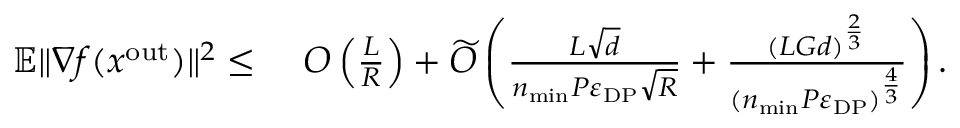
\begin{array} { r l } { \mathbb { E } \| \nabla f ( x ^ { \mathrm { o u t } } ) \| ^ { 2 } \leq } & { \ O \left( \frac { L } { R } \right) + \widetilde O \left( \frac { L \sqrt { d } } { n _ { \mathrm { m i n } } P \varepsilon _ { \mathrm { D P } } \sqrt { R } } + \frac { ( L G d ) ^ { \frac { 2 } { 3 } } } { ( n _ { \mathrm { m i n } } P \varepsilon _ { \mathrm { D P } } ) ^ { \frac { 4 } { 3 } } } \right) . } \end{array}